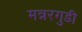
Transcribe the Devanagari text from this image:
मन्नरगुडी